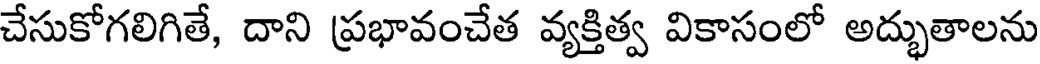
చేసుకోగలిగితే, దాని ప్రభావంచేత వ్యక్తిత్వ వికాసంలో అద్భుతాలను